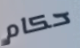
حكام